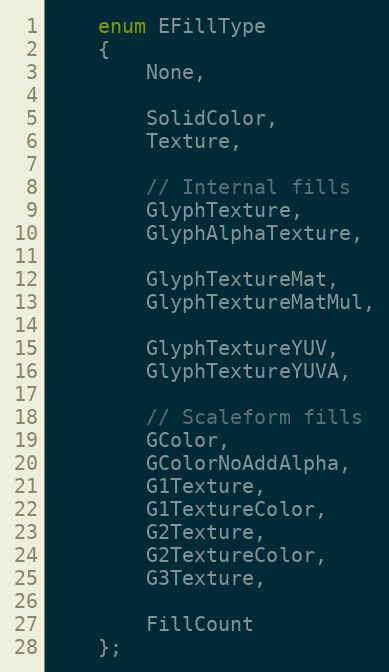
Language: C
	enum EFillType
	{
		None,

		SolidColor,
		Texture,

		// Internal fills
		GlyphTexture,
		GlyphAlphaTexture,

		GlyphTextureMat,
		GlyphTextureMatMul,

		GlyphTextureYUV,
		GlyphTextureYUVA,

		// Scaleform fills
		GColor,
		GColorNoAddAlpha,
		G1Texture,
		G1TextureColor,
		G2Texture,
		G2TextureColor,
		G3Texture,

		FillCount
	};